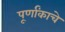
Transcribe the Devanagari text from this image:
पूर्णांकाचे